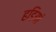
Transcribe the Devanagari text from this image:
हडियां